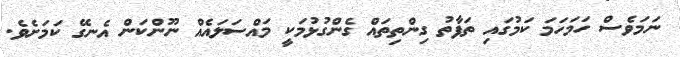
ނަމަވެސް ހަމަހަމަ ކަމުގައި ތަފާތު ގިންތިތައް ގެންގުޅުމަކީ މައްސަލައެއް ނޫންކަން އެނގޭ ކަމަށެވެ.